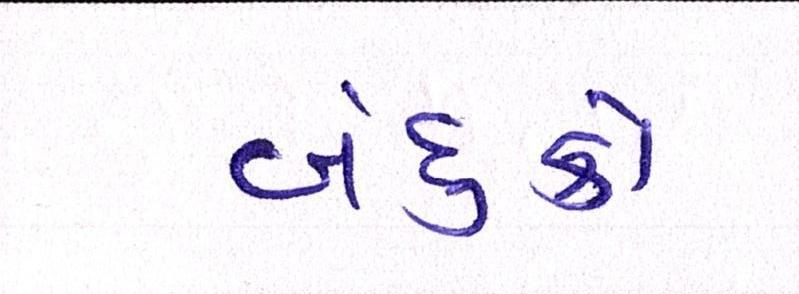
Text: બંદુકો